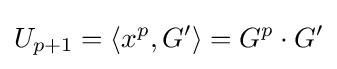
U_{p+1}=\langle x^{p},G'\rangle =G^{p}\cdot G'